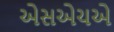
એસએચએ